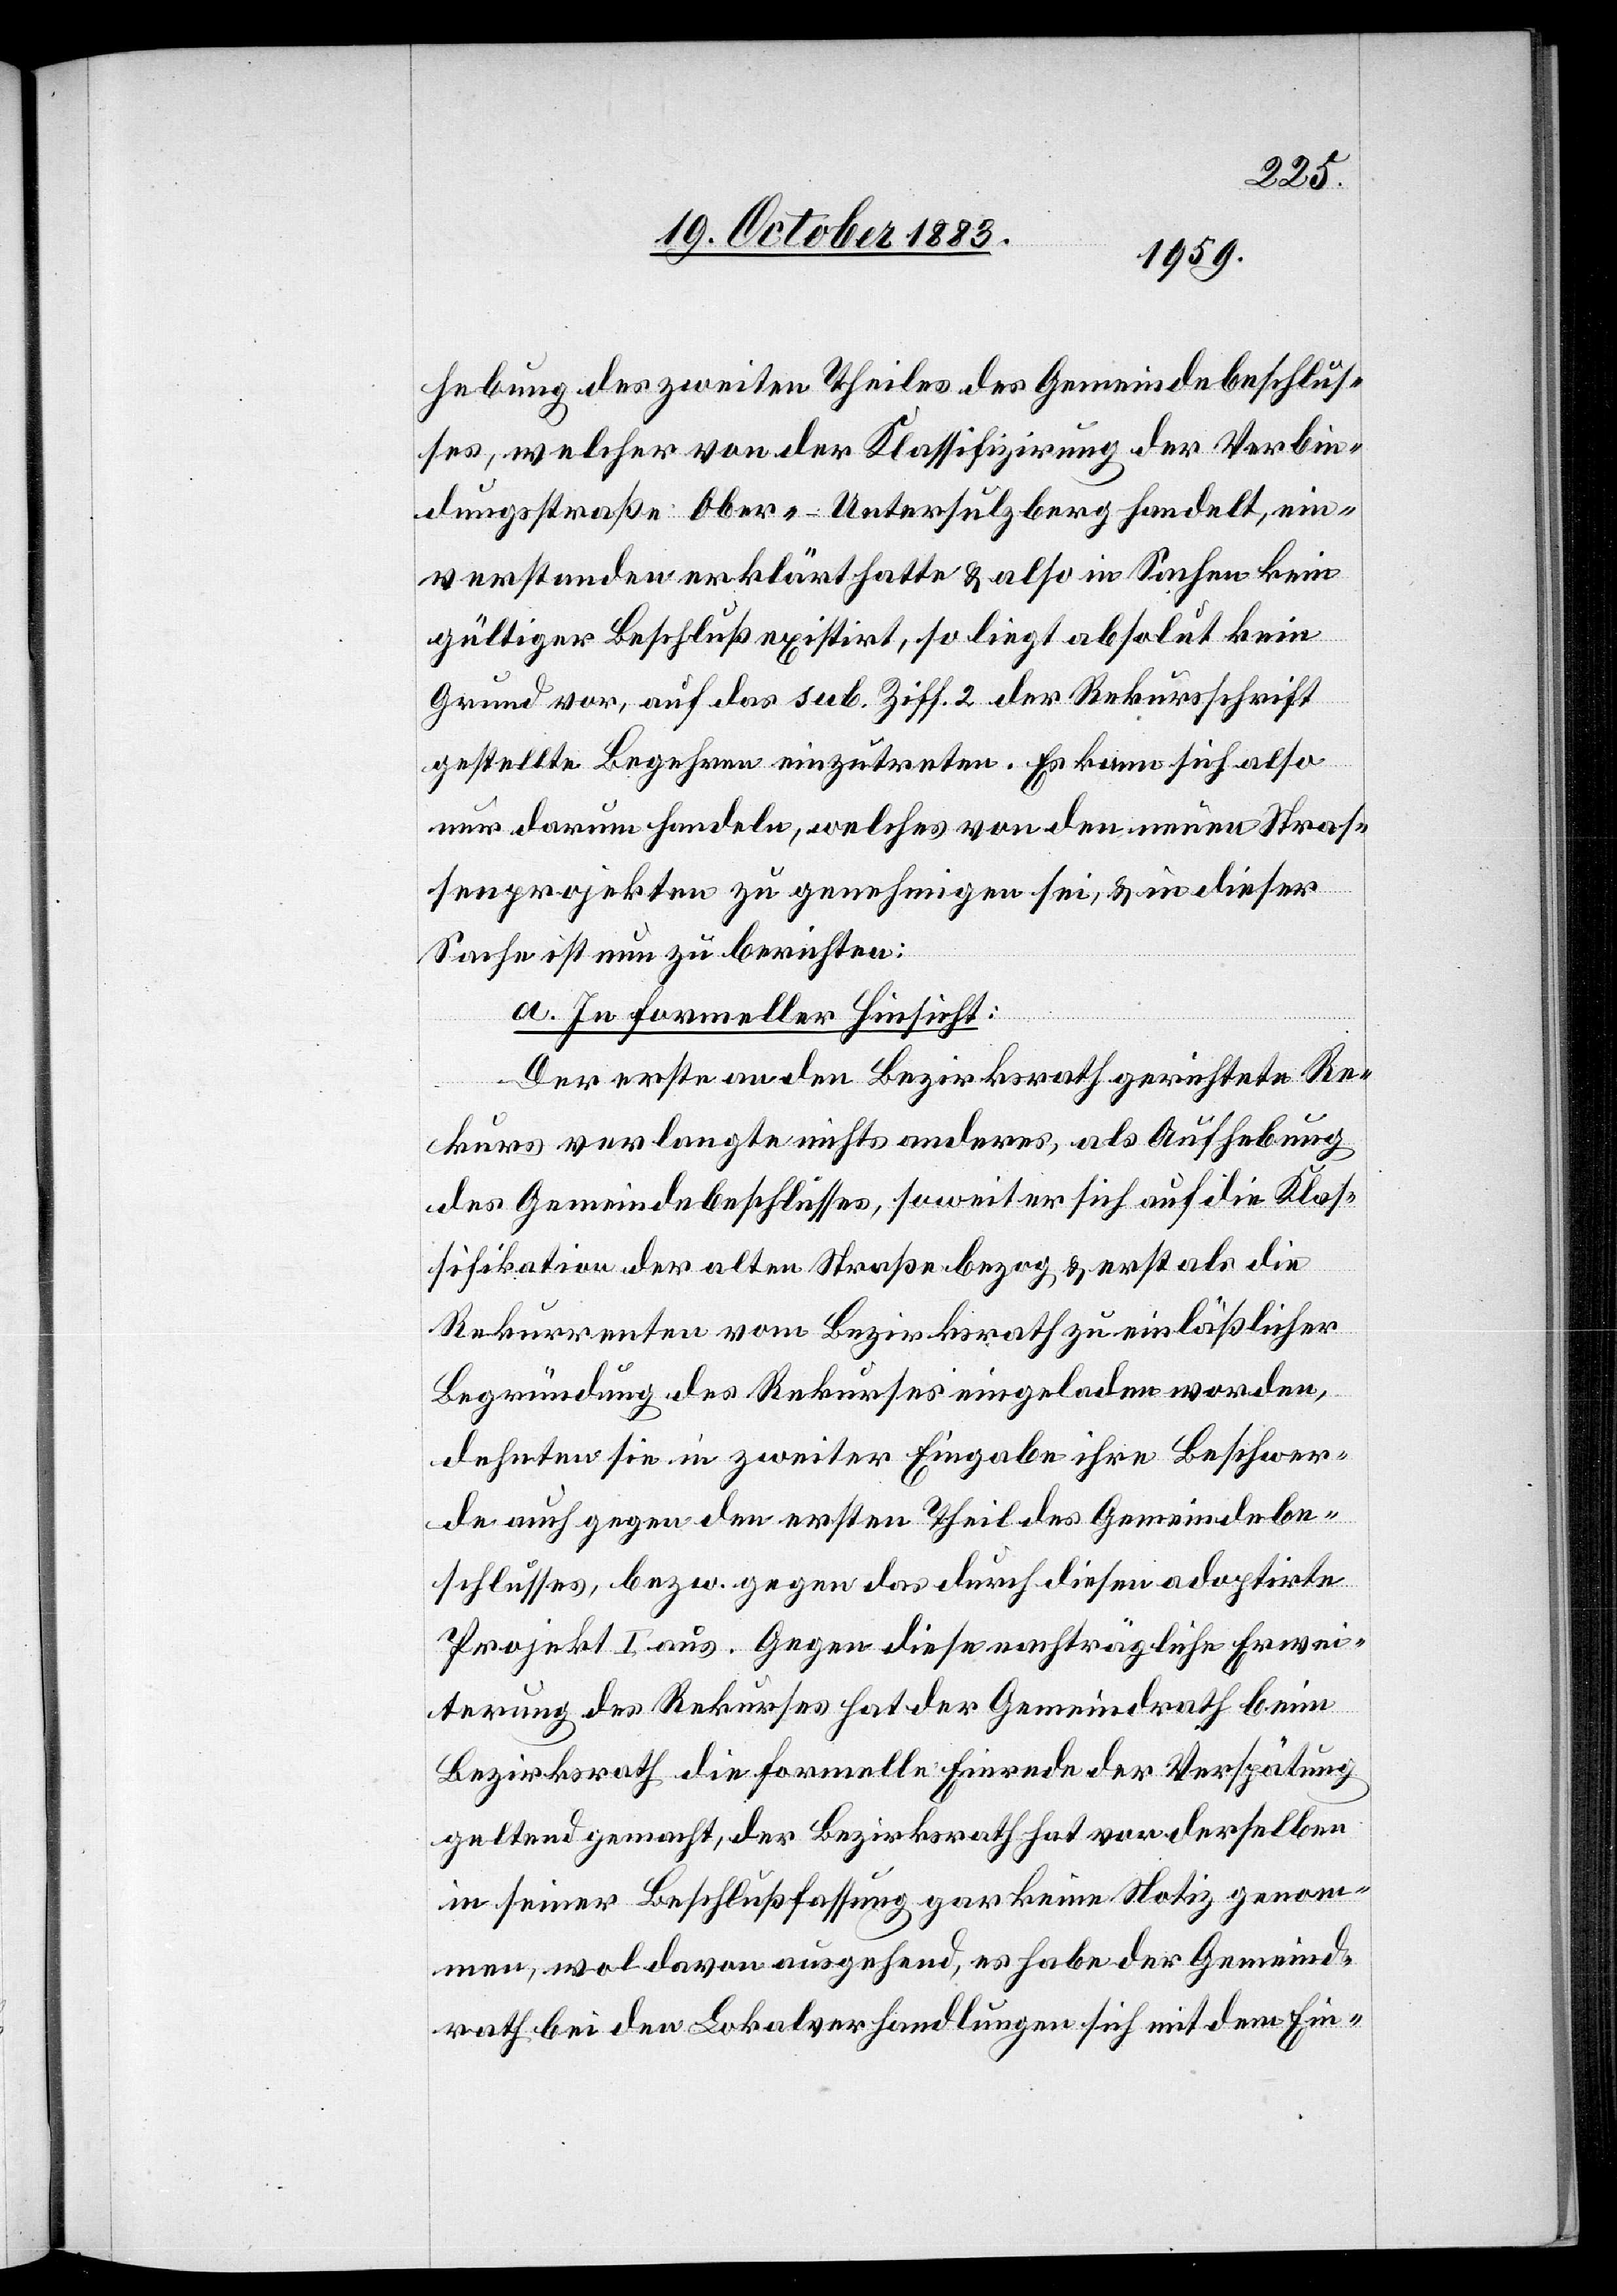
hebung des zweiten Theiles des Gemeindebeschlus¬
ses, welcher von der Klassifizirung der Verbin¬
dungsstraße Ober-Untersulzberg handelt, ein¬
verstanden erklärt hatte & also in Sachen kein
gültiger Beschluß existirt, so liegt absolut kein
Grund vor, auf das sub. Ziff. 2 der Rekursschrift
gestellte Begehren einzutreten. Es kann sich also
nur darum handeln, welches von den neuen Stras¬
senprojekten zu genehmigen sei, & in dieser
Sache ist nun zu berichten:
a. In formeller Hinsicht:
Der erst an den Bezirksrath gerichtete Re¬
kurs verlangt nichts anderes, als Aufhebung
des Gemeindsbeschlusses, soweit er sich auf die Klas¬
sifikation der alten Straße bezog & erst als die
Rekurrenten vom Bezirksrath zu einläßlicher
Begründung des Rekurses eingeladen worden,
dehnten sie in zweiter Eingabe ihre Beschwer¬
de auch gegen den ersten Theil des Gemeindsbe¬
schlusses, bezw. gegen das durch diesen adoptirte
Projekt I aus. Gegen diese nachträgliche Erwei¬
terung des Rekurses hat der Gemeindrath beim
Bezirksrath die formelle Einrede der Verspätung
geltend gemacht, der Bezirksrath hat vor derselben
in seiner Beschlußfassung gar keine Notiz genom¬
men, wol davon ausgehend, es habe der Gemeind¬
rath bei den Lokalverhandlungen sich mit dem Ein-